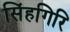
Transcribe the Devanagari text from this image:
सिंहगिरि